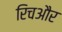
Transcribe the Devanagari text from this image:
रिचऔर